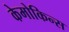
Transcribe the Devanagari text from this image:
केमोकिन्स